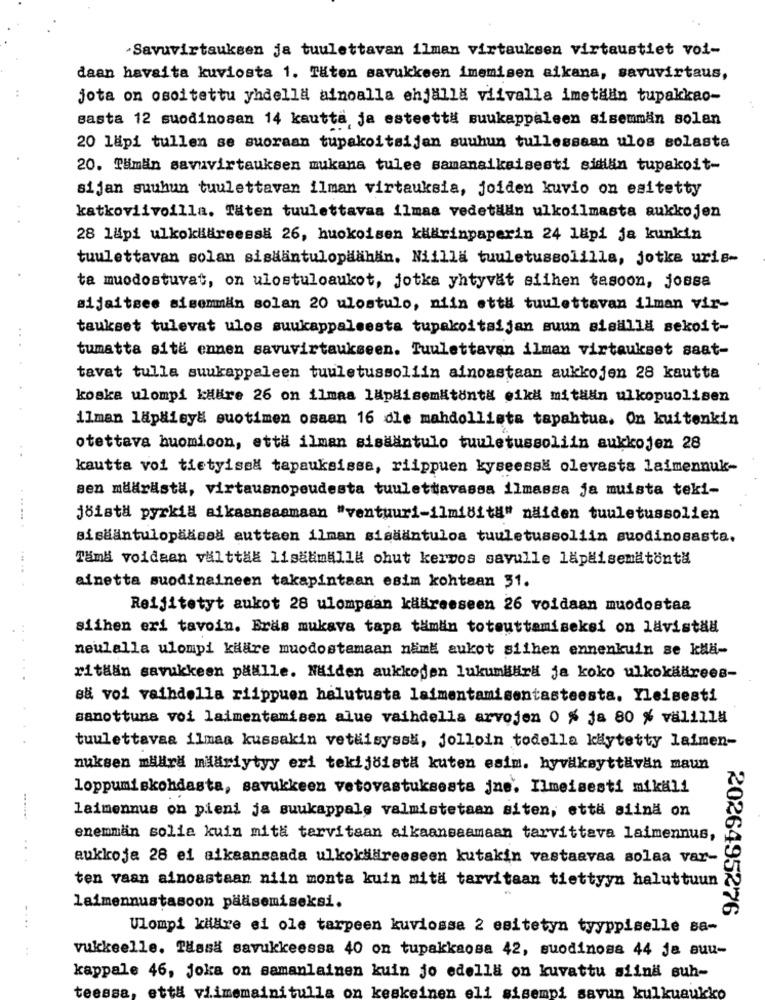
Savuvirtauksen ja tuulettavan ilman virtauksen vistaustiet voi-
daan havaita kuviosta 1. Täten savukkeen imemisen aikana, savuvirtaus,
jota on osoitettu yhdella ainoalla ehjalla viivalla imetalin tupakkao-
Basta 12 suodinosen 14 kautta ja esteett# suukappaleen sisemmän solan
20 läpi tullen se suoraan tupakoitsijan suuhun tullessaan ulos solasta
20. Tämän savuvirtauksen mukana tulee samanaikaisesti sidan tupakoit-
sijan suuhun tuulettavan ilman virtauksia, joiden kuvio on esitetty
katkoviivoilla. Täten tuulettavaa ilmaa vedetian ulkoilmasta aukkojen
28 lapi ulkokläreessa 26, huokoisen käärinpaperin 24 läpi ja kunkin
tuulettavan solan sisaantulopaahan. Niilla tuuletussolilla, jotke uris-
ta muodostuvat, on ulostuloaukot, jotka yhtyvät siihen tasoon, jossa
sijaitsee sisemmän solan 20 ulostulo, niin ett# tuulettavan ilman vir-
taukset tulevat ulos suukappaleesta tupakoitaijan suun sisällä sekoit-
tumatta sita ennen savuvirtaukseen. Tuulettavan ilman virtaukset saat-
tavat tulla suukappaleen tuuletussoliin ainoastaan aukkojen 28 kautta
koska ulompi killire 26 on ilmaa lapäisemitonta eikä mithan ulkopuolisen
ilman läpäisy= suotimen osaan 16 dle mahdollista tapahtua. On kuitenkin
otettava huomicon, että ilman sisääntulo tuuletussoliin aukkojen 28
..
kautta voi tietyisel tapauksissa, riippuen kyseessa olevasta laimennuk-
sen määrästä, virtausnopeudesta tuulettavassa ilmassa ja muista teki-
jöista pyrkil aikaansaamaan "ventuuri-ilmiditH" naiden tuuletussolien
sisaantulopääisad auttaen ilman sisaantuloa tuuletussoliin suodinosasta.
Tama voidaan valttaa lisaumalla ohut kerzos savulle läpäisemätonta
ainetta suodinaineen takapintaan esim kohtaan 31.
Reijitetyt aukot 28 ulompaan kääreeseen 26 voidaan muodostaa
siihen eri tavoin. Eras mukava tapa tämin totouttamiseksi on lavistaa
neulalla ulompi kaare muodostamaan name aukot silhen ennenkuin se kula-
ritään savukkeen päälle. Näiden aukkojen lukumbürk ja koko ulkokäärees-
så voi vaihdella riippuen halutusta laimentamisentasteesta. Yleisesti
sanottuna voi laimentamisen alue vaihdella arvojen 0 % ja 80 % välilla
tuulettavaa ilmaa kussakin vetäisyssa, jolloin todella käytetty laimen-
nuksen määrä mariytyy eri tekijöista kuten esim. hyväksyttävän maun
loppumiskohdasta, savukkeen vetovastuksesta jne, Ilmeisesti mikäli
laimennus on pieni ja suukappale valmistetaan siten, etta alina on
enemmän solia kuin mità tarvitaan aikaansaamaan tarvittava laimennus,
..
aukkoja 28 ei aikaansaada ulkokääreeseen kutakin vastaavaa solaa var-
ten vaan ainoastaan niin monta kuin mita tarvitaan tiettyyn haluttuun
laimennustasoon palisemiseksi.
2026495276
....
Ulompi kiläre ei ole tarpeen kuviossa 2 esitetyn tyyppiselle sa-
vukkeelle. Tässä savukkeessa 40 on tupakkaosa 42, suodinosa 44 ja suu-
kappale 46, joka on samanlainen kuin jo edella on kuvattu siina suh-
teessa, että viimemainitulla on keskeinen el
sisempi savun kulkuaukko